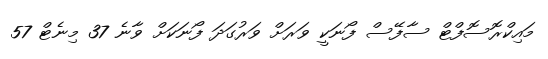
މައިކްރޮސޮފްޓް ސާފޭސް ފޯނަކީ ވަރަށް ވަރުގަދަ ފޯނަކަށް ވާނެ 37 މިނެޓް 57